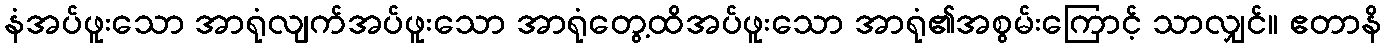
နံအပ်ဖူးသော အာရုံလျက်အပ်ဖူးသော အာရုံတွေ့ထိအပ်ဖူးသော အာရုံ၏အစွမ်းကြောင့် သာလျှင်။ ဧတာနိ